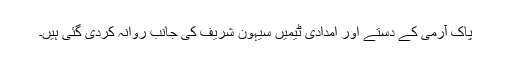
پاک آرمی کے دستے اور امدادی ٹیمیں سیہون شریف کی جانب روانہ کردی گئی ہیں۔